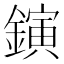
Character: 鏔